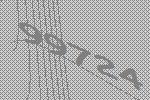
99724